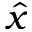
\hat { x }